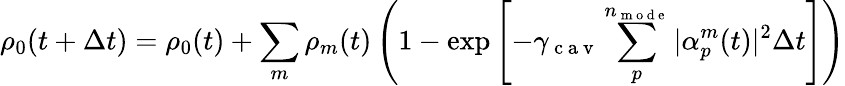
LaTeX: \rho_{0}(t+\Delta t)=\rho_{0}(t)+\sum_{m}\rho_{m}(t)\left(1-\exp\left[-\gamma_{\mathrm{~c~a~v~}}\sum_{p}^{n_{\mathrm{~m~o~d~e~}}}|\alpha_{p}^{m}(t)|^{2}\Delta t\right]\right)